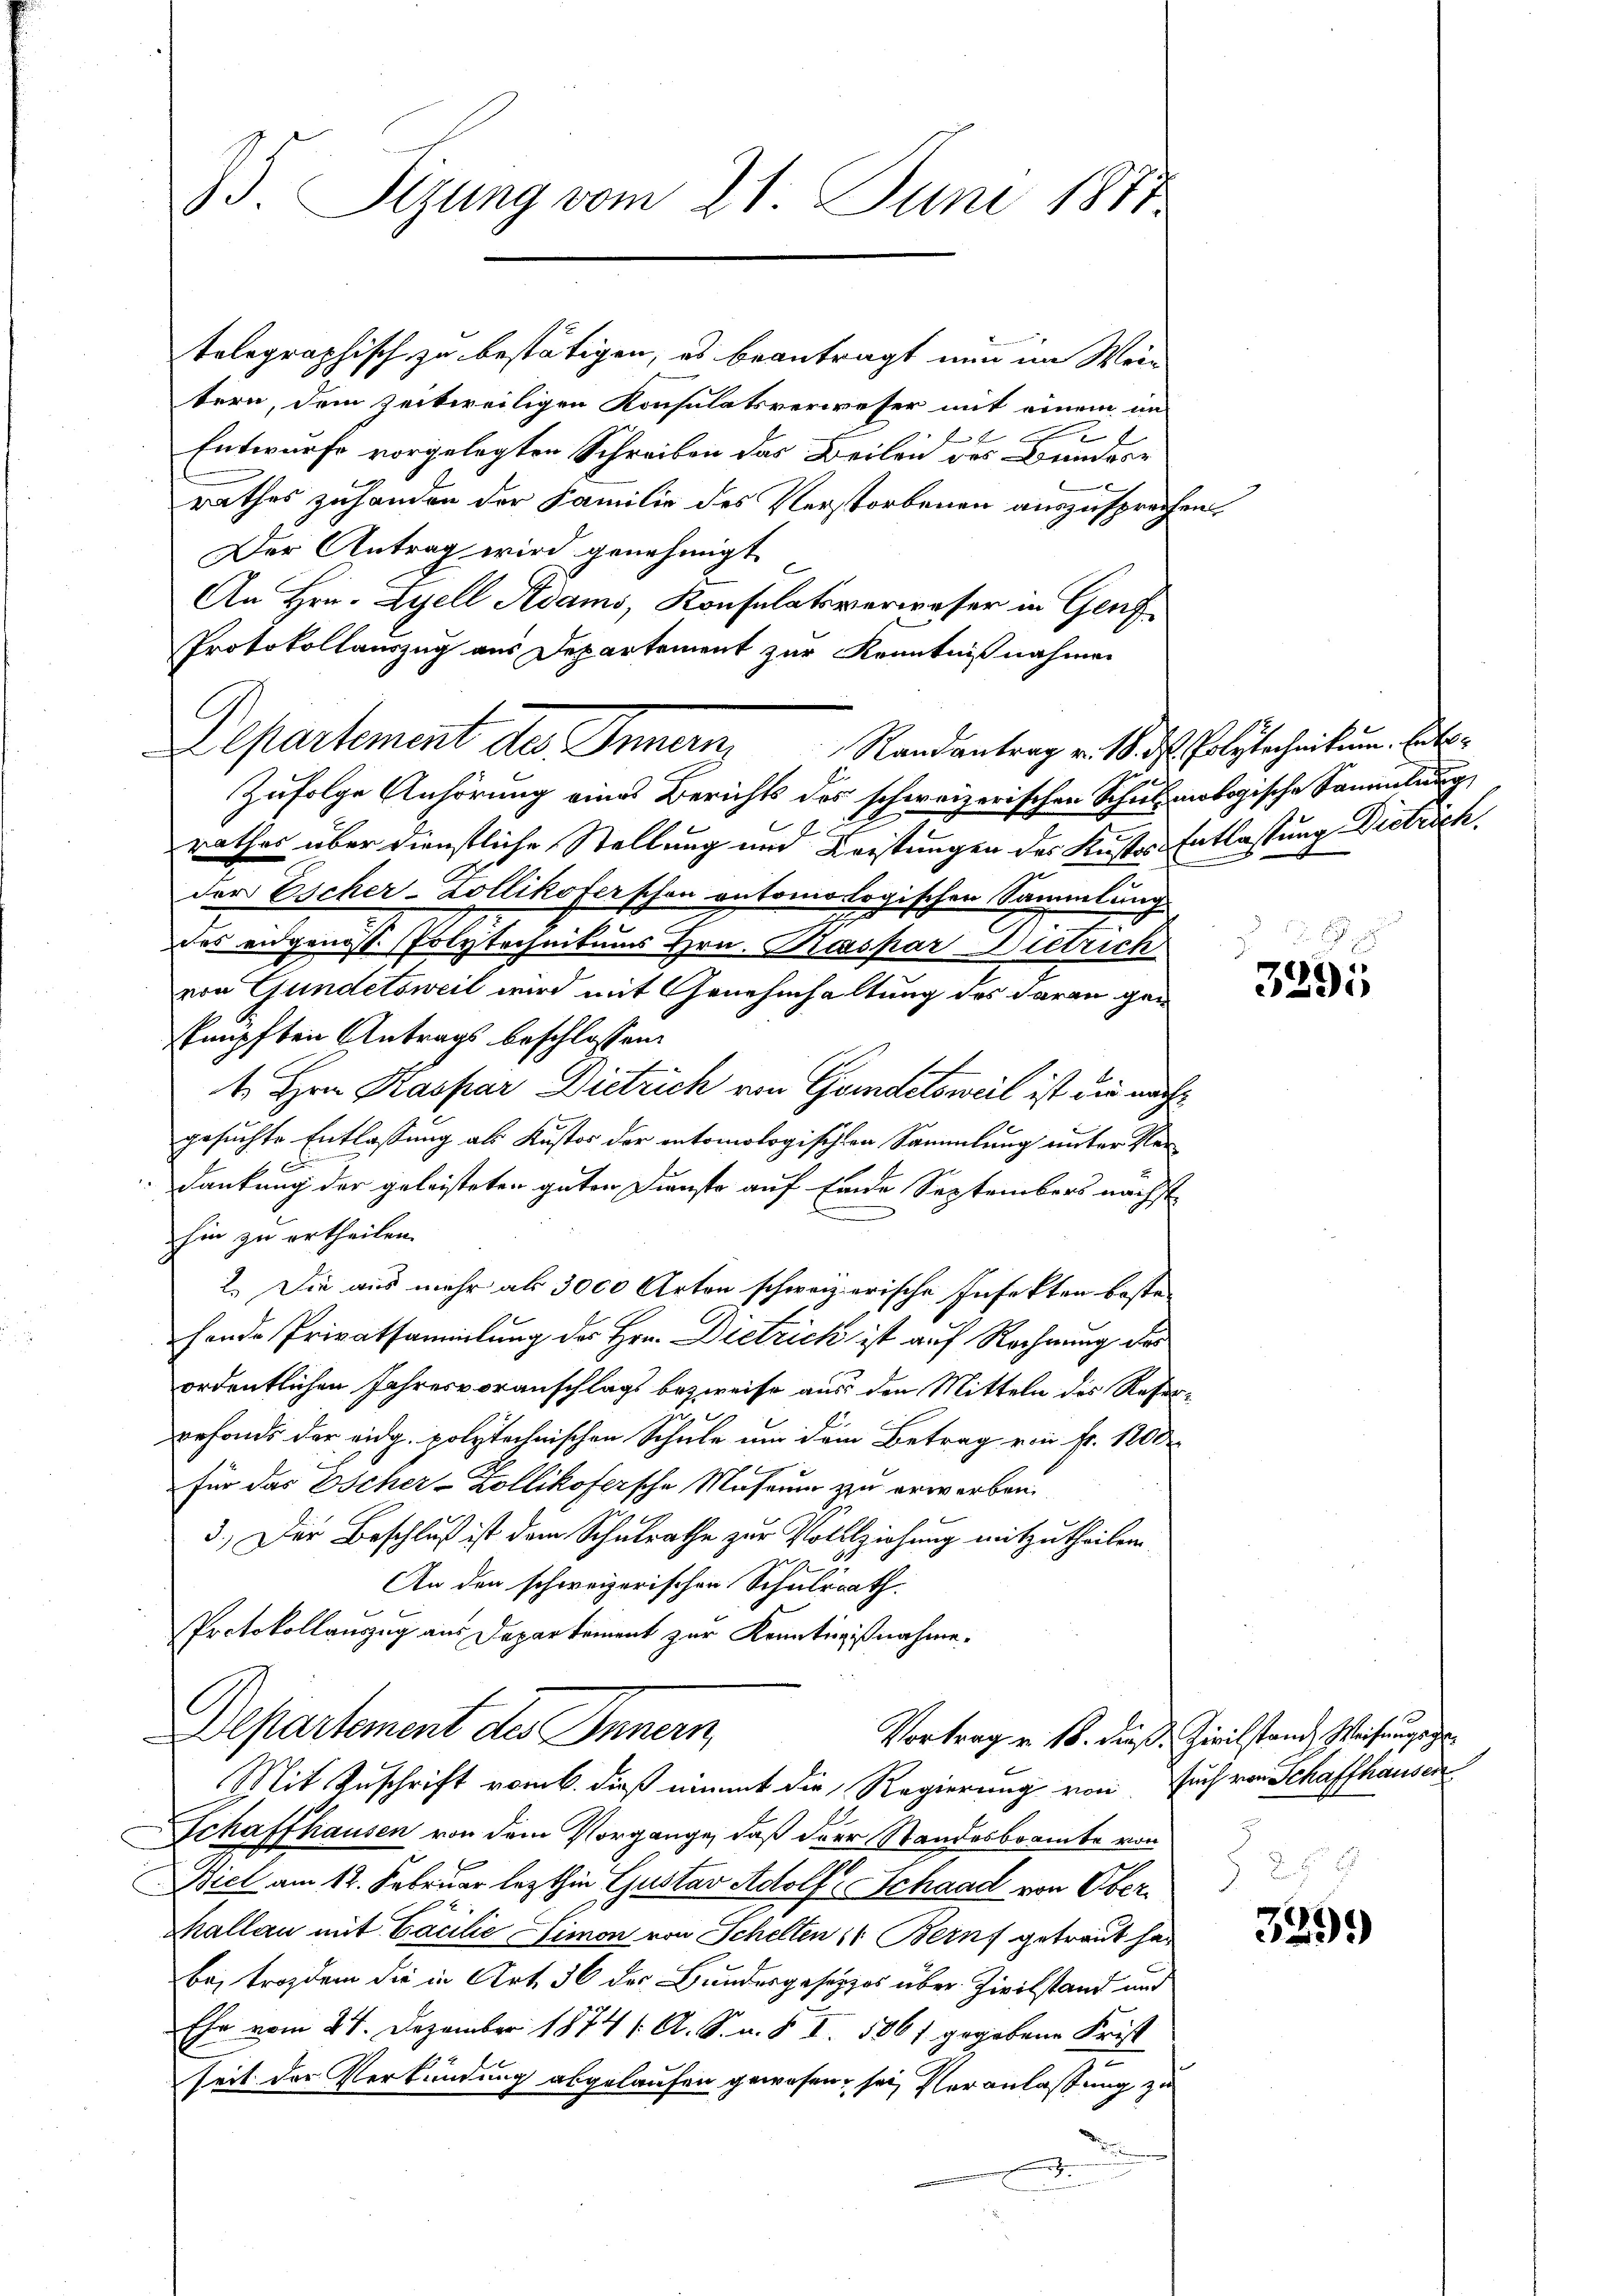
33. Sizung vom 21. Juni 1877

telegraphisch zu bestätigen, es beantragt nun im Wein
tern, dem zeitweiligen Konsulatsverweser mit einem in
2
t
Entwurfe vorgelegten Schreiben das Beilen des Bundes¬

rathes zuhanden der Familie des Verstorbenen auszusprechen,
Der Antrag wird genehmigt.
An Hrn. Zyell Adams, Konsulatsverweser in Genf
Protokollauszug aus Departement zur Kenntnißnahmen
Zufolge Anhörung eines Berichts des schweizerischen Schulanologische Sammlung
c
rathes über dienstliche Stellung und Leistungen des Kustes Entlassung Dietrich.
.
der Escher-Zollikoferschen automologischen Sammlung
des eidgenosse Polytechnikums Hrn. Kaspar Dietrich
von Gundetsweil wird mit Genehmhaltung des daran gan
knüpften Antrags beschlossen:
1. Hrn. Kaspar Dietrich von Gundetsweil ist die nach
gesuchte Entlassung als Kustos der entomologischen Sammlung unter Ver¬
D
dankung der geleisteten guten Dienste auf Eide Septembers nächst
hin zu ertheilen.
2. Die aus mehr als 3000 Arton schweizerische Infekten beste
hende Privatsammlung des Hrn. Dietrick ist auf Rechnung des
ordentlichen Jahresvoranschlags bezweife aus den Mitteln des Reserr
befonds der eidg. polytechnischen Schule um dem Betrag von Fr. 1800
Für das Escher-Zollikofersche Museum zu erwerben.
3.) Der Beschluß ist dem Schulrathe zur Vollziehung mitzutheilen.
5
An den schweizerischen Schulrath
Protokollauszug aus Departement zur Kenntnißnahme.
Departement des Innern,
Vortrag v. 16. dieß. Zivilstand, Weisungsge¬
Mit Zuschrift vom 6. dieß nimmt die Regierung von Euch von Schaffhausen
Schaffhausen von dem Vorgange, daß der Standesbeamte von
Biel am 12. Februar lezthin Gustav Adolf Schaad von Ober
Mallau mit Cacilie Limon von Schelten 16 Bern getraut hat
be, trozdem die in Art. 36 der Bundesgesetzes über Zivilstand und
Ehe vom 24. Dezember 1874 /: A. S. u. § I. 1861 gegebene Frist
seit der Verkündung abgelaufen gewesen, sei, Veranlassung zu

Departement des Innern, Randantrag v. 18. d. Polytechnikum. Ein¬

3895

8

329.